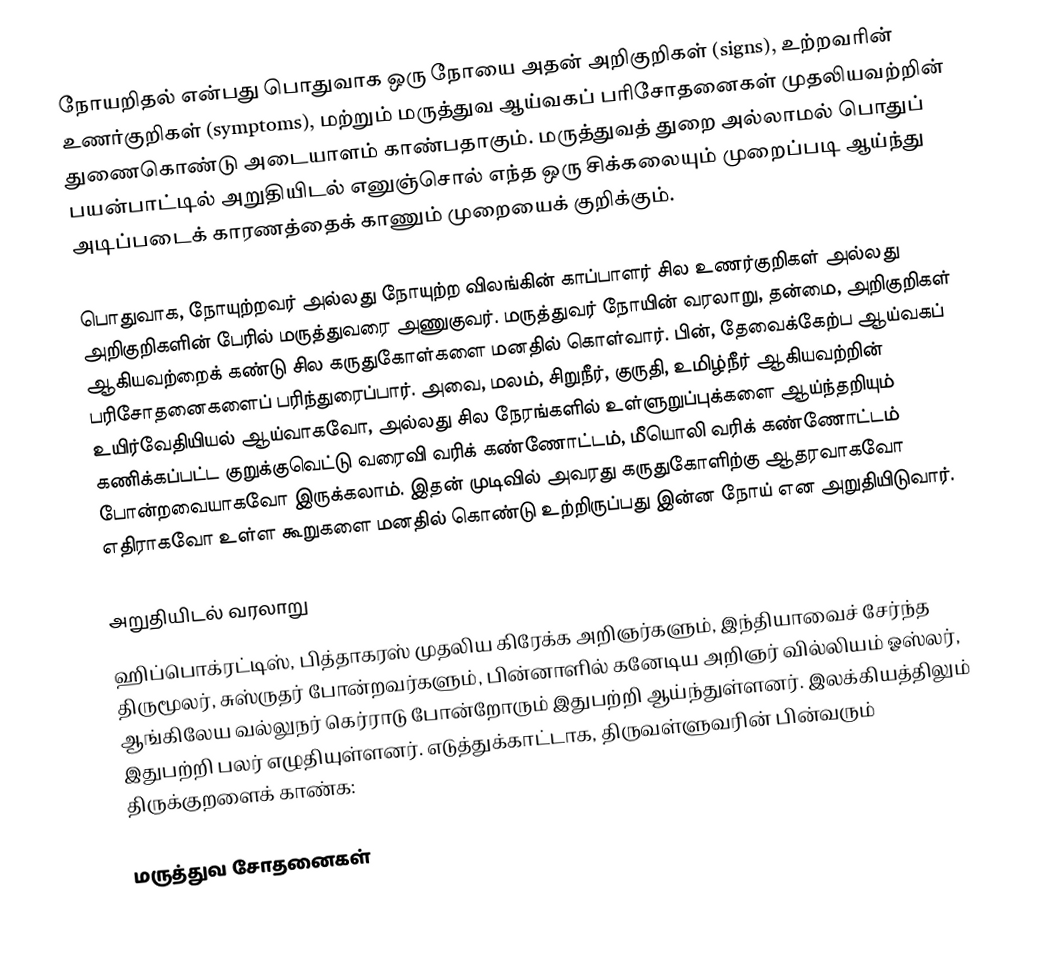
நோயறிதல் என்பது பொதுவாக ஒரு நோயை அதன் அறிகுறிகள் (signs), உற்றவரின் உணர்குறிகள் (symptoms), மற்றும் மருத்துவ ஆய்வகப் பரிசோதனைகள் முதலியவற்றின் துணைகொண்டு அடையாளம் காண்பதாகும். மருத்துவத் துறை அல்லாமல் பொதுப் பயன்பாட்டில் அறுதியிடல் எனுஞ்சொல் எந்த ஒரு சிக்கலையும் முறைப்படி ஆய்ந்து அடிப்படைக் காரணத்தைக் காணும் முறையைக் குறிக்கும்.

பொதுவாக, நோயுற்றவர் அல்லது நோயுற்ற விலங்கின் காப்பாளர் சில உணர்குறிகள் அல்லது அறிகுறிகளின் பேரில் மருத்துவரை அணுகுவர். மருத்துவர் நோயின் வரலாறு, தன்மை, அறிகுறிகள் ஆகியவற்றைக் கண்டு சில கருதுகோள்களை மனதில் கொள்வார். பின், தேவைக்கேற்ப ஆய்வகப் பரிசோதனைகளைப் பரிந்துரைப்பார். அவை, மலம், சிறுநீர், குருதி, உமிழ்நீர் ஆகியவற்றின் உயிர்வேதியியல் ஆய்வாகவோ, அல்லது சில நேரங்களில் உள்ளுறுப்புக்களை ஆய்ந்தறியும் கணிக்கப்பட்ட குறுக்குவெட்டு வரைவி வரிக் கண்ணோட்டம், மீயொலி வரிக் கண்ணோட்டம் போன்றவையாகவோ இருக்கலாம். இதன் முடிவில் அவரது கருதுகோளிற்கு ஆதரவாகவோ எதிராகவோ உள்ள கூறுகளை மனதில் கொண்டு உற்றிருப்பது இன்ன நோய் என அறுதியிடுவார்.

அறுதியிடல் வரலாறு
ஹிப்பொக்ரட்டிஸ், பித்தாகரஸ் முதலிய கிரேக்க அறிஞர்களும், இந்தியாவைச் சேர்ந்த திருமூலர், சுஸ்ருதர் போன்றவர்களும், பின்னாளில் கனேடிய அறிஞர் வில்லியம் ஓஸ்லர், ஆங்கிலேய வல்லுநர் கெர்ராடு போன்றோரும் இதுபற்றி ஆய்ந்துள்ளனர். இலக்கியத்திலும் இதுபற்றி பலர் எழுதியுள்ளனர். எடுத்துக்காட்டாக, திருவள்ளுவரின் பின்வரும் திருக்குறளைக் காண்க:

மருத்துவ சோதனைகள்